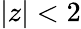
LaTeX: |z|<2